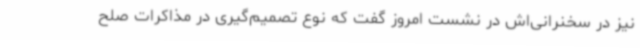
نیز در سخنرانی‌اش در نشست امروز گفت که نوع تصمیم‌گیری در مذاکرات صلح